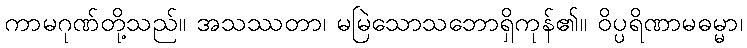
ကာမဂုဏ်တို့သည်။ အသဿတာ၊ မမြဲသောသဘောရှိကုန်၏။ ဝိပ္ပရိဏာမဓမ္မာ၊